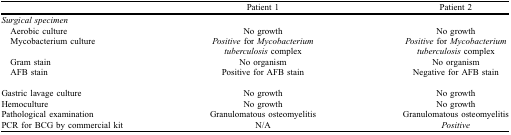
|  | Patient 1 | Patient 2 |
 | --- | --- | --- |
 | Surgical specimen |  |  |
 | Aerobic culture | No growth | No growth |
 | Mycobacterium culture | Positive for Mycobacterium | Positive for Mycobacterium |
 |  | tuberculosis complex | tuberculosis complex |
 | Gram stain | No organism | No organism |
 | AFB stain | Positive for AFB stain | Negative for AFB stain |
 | Gastric lavage culture | No growth | No growth |
 | Hemoculture | No growth | No growth |
 | Pathological examination | Granulomatous osteomyelitis | Granulomatous osteomyelitis |
 | PCR for BCG by commercial kit | N/A | Positive |